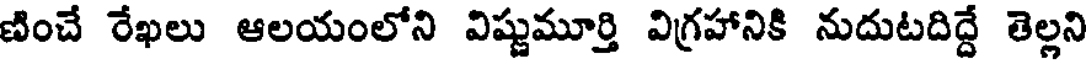
ణించే రేఖలు ఆలయంలోని విష్ణుమూర్తి విగ్రహానికి నుదుటదిద్దే తెల్లని